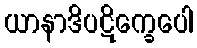
ယာနာဒိပဋိက္ခေပေါ